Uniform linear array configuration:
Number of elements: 8
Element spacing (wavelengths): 0.5
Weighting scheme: exponential
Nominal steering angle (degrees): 15
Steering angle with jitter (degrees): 16.412
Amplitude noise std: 0.05
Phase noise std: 0.05

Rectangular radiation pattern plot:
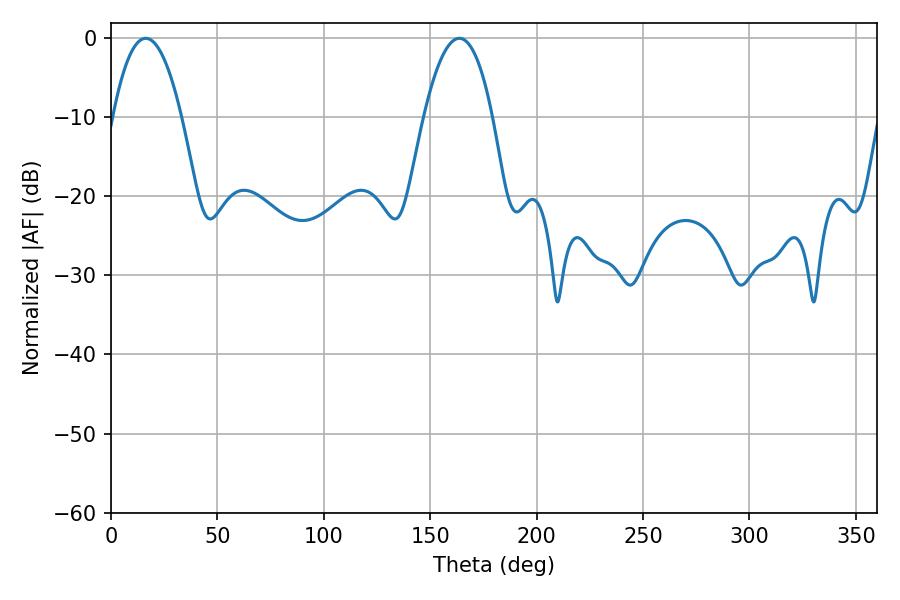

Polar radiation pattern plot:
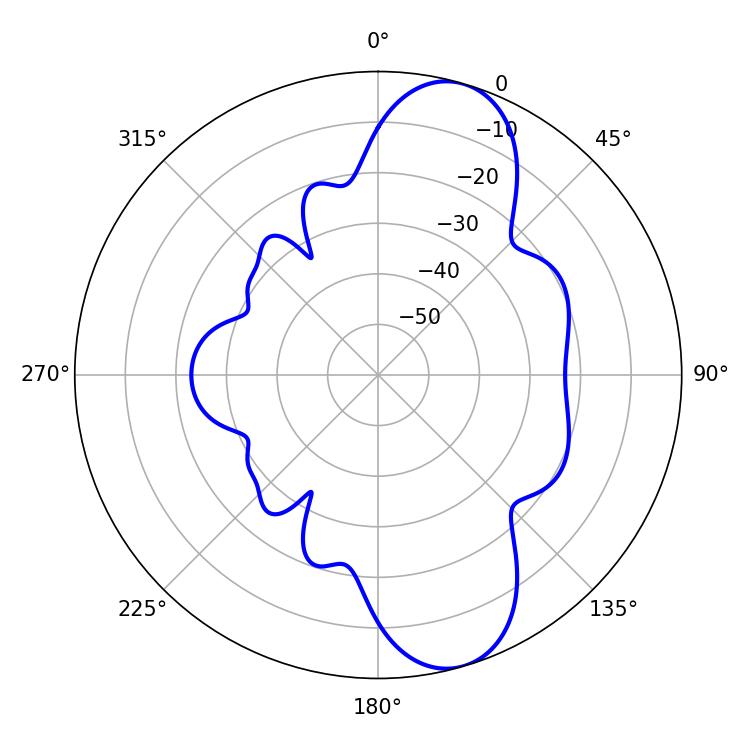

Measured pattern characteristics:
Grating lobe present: FALSE
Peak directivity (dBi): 10.064
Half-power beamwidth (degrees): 17.82
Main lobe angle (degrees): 16.38